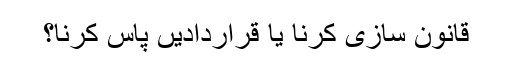
قانون سازی کرنا یا قراردادیں پاس کرنا؟